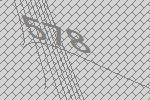
578